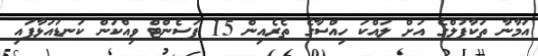
އަމާނާ ތަކާފުލްގެ އަށް ލައްކަ ހިއްސާގެ ތެރެއިން 15 ޕަސެންޓް ވިއްކަން ކަނޑައަޅާފައި